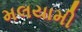
મલયામી